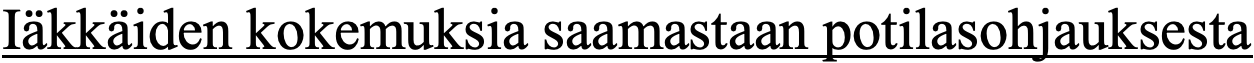
Iäkkäiden kokemuksia saamastaan potilasohjauksesta